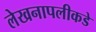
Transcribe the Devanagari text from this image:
लेखनापलीकडे